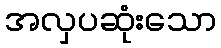
အလှပဆုံးသော